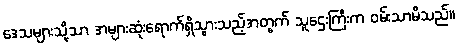
ဒေသများသို့သာ အများဆုံးရောက်ရှိသွားသည့်အတွက် သူဌေးကြီးက ဝမ်းသာမိသည်။